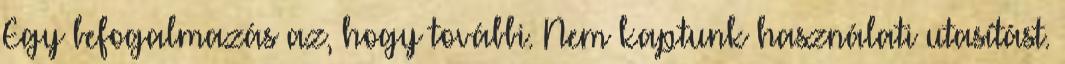
Egy befogalmazás az, hogy további. Nem kaptunk használati utasítást.